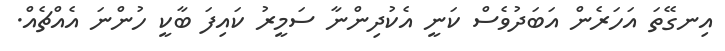
އިނގޭތަ އަހަރެން އަބަދުވެސް ކަނީ އެކުދިންނާ ސަމީރު ކައިފަ ބާކީ ހުންނަ އެއްޗެއް.